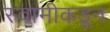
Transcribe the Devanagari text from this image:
स्वामीकडून